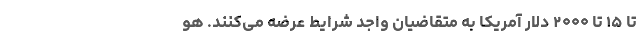
تا ۱۵ تا ۲۰۰۰ دلار آمریکا به متقاضیان واجد شرایط عرضه می‌کنند. هو